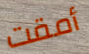
أمقت